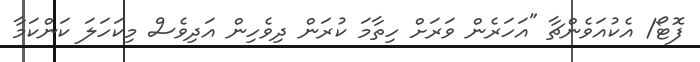
ފޮޓޯ/ އެކުއަވެންޗާ "އަހަރެން ވަރަށް ހިތާމަ ކުރަން ދިވެހިން އަދިވެސް މިކަހަލަ ކަންކަމާ